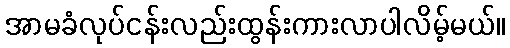
အာမခံလုပ်ငန်းလည်းထွန်းကားလာပါလိမ့်မယ်။